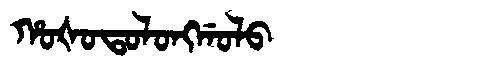
Manchu: ᡥᠣᡧᠣᡨᠣᠯᠣᠩᡤᠣᠯᠣ
Romanization: HOŠOTOLONGGOLO